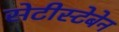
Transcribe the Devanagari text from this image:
सेटीस्‍टेबेन